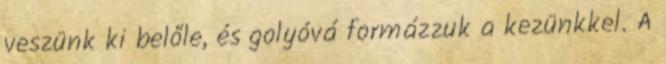
veszünk ki belőle, és golyóvá formázzuk a kezünkkel. A